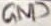
Text: GND